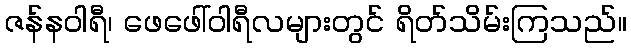
ဇန်နဝါရီ၊ ဖေဖေါ်ဝါရီလများတွင် ရိတ်သိမ်းကြသည်။